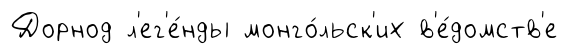
Дорнод л'ег'е́нды монго́льск'их в'е́домств'е